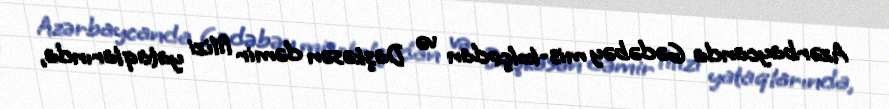
Azərbaycanda Gədəbəy mis-kolçedan və Daşkəsən dəmir filizi yataqlarında,